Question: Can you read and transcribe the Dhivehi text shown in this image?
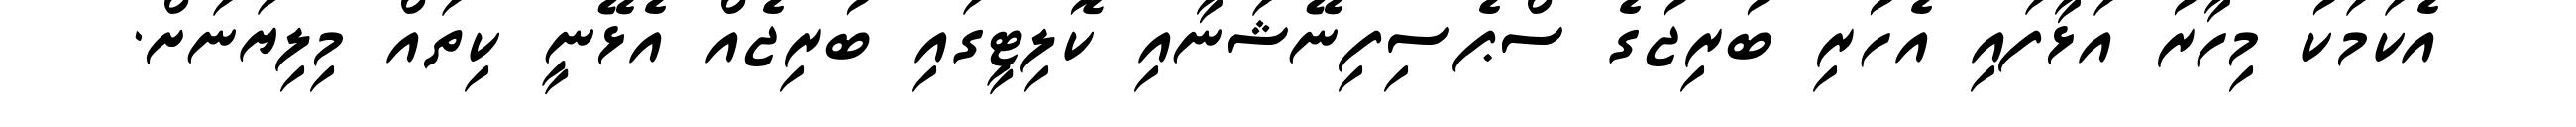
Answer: އެކަމަކު މިހާރު އަޅާފައި އެހުރި ބުރިޖުގެ ސްޕެސިފިނޭޝަނާއި ކޮލިޓީގައި ބުރިޖެއް އެޅޭނީ ކިތައް މިލިޔަނަށް.